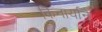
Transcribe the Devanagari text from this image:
किनार्याने